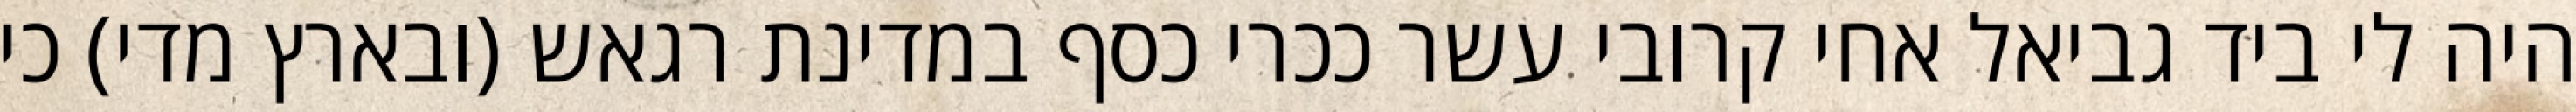
היה לי ביד גביאל אחי קרובי עשר ככרי כסף במדינת רגאש (ובארץ מדי) כי